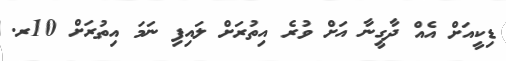
ޑިކީއަށް އެއް ދާގީނާ އަށް ވުރެ އިތުރަށް ލައިފި ނަމަ އިތުރަށް 10ރ.